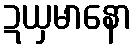
ဍယှမာနော